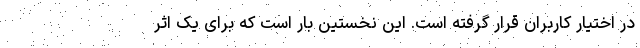
در اختیار کاربران قرار گرفته است. این نخستین بار است که برای یک اثر